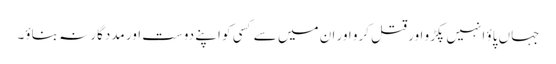
جہاں پاؤ انہیں پکڑو اور قتل کرو اور ان میں سے کسی کو اپنے دوست اور مددگار نہ بناؤ۔